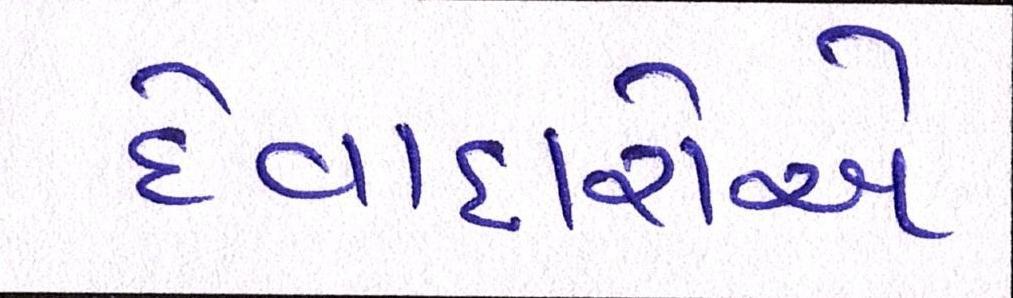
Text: દેવાદારોએ